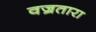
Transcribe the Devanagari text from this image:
वज्रतारा